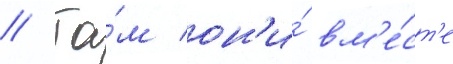
// Та́м он'и́ вм'е́ст'е